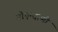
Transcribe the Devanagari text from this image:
गोएन्दाणी